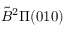
\tilde { B } ^ { 2 } \Pi ( 0 1 0 )